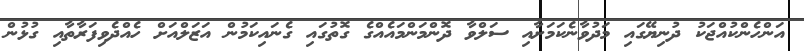
އަންހެންކުއްޖަކު ދުނިޔޭގައި މަދުވާނެކަމަށާއި ސަލްވާ ދޮންމަންމައެއްގެ ގޮތުގައި ގެނައިކަމުން އަޒަލްއަށް ހެއްދެވިފަރާތާއި ގުޅުން